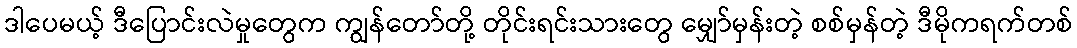
ဒါပေမယ့် ဒီပြောင်းလဲမှုတွေက ကျွန်တော်တို့ တိုင်းရင်းသားတွေ မျှော်မှန်းတဲ့ စစ်မှန်တဲ့ ဒီမိုကရက်တစ်